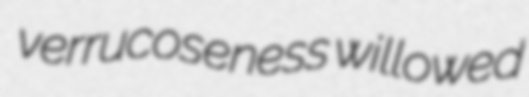
verrucoseness willowed